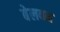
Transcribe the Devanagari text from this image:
बेलवन